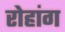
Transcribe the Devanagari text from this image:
रोहांग